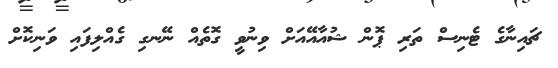
ޗައިނާގެ ޓެނިސް ތަރި ޕޮން ޝުއާއޭއަށް ވިނުވީ ގޮތެއް ނޭނގި ގެއްލިފައި ވަނިކޮށް